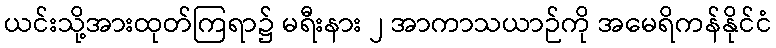
ယင်းသို့အားထုတ်ကြရာ၌ မရီးနား ၂ အာကာသယာဉ်ကို အမေရိကန်နိုင်ငံ